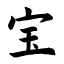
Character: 宝